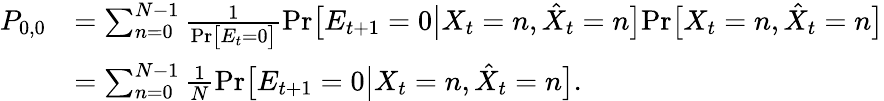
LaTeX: \begin{array}{rl}{P_{0,0}}&{=\sum_{n=0}^{N-1}\frac{1}{\mathrm{Pr}\big[E_{t}=0\big]}\mathrm{Pr}\big[E_{t+1}=0\big|X_{t}=n,\hat{X}_{t}=n\big]\mathrm{Pr}\big[X_{t}=n,\hat{X}_{t}=n\big]}\\ &{=\sum_{n=0}^{N-1}\frac{1}{N}\mathrm{Pr}\big[E_{t+1}=0\big|X_{t}=n,\hat{X}_{t}=n\big].}\end{array}